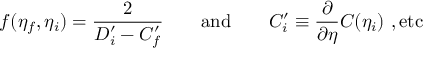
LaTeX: f ( \eta _ { f } , \eta _ { i } ) = { \frac { 2 } { D _ { i } ^ { \prime } - C _ { f } ^ { \prime } } } \qquad \mathrm { a n d } \qquad C _ { i } ^ { \prime } \equiv { \frac { \partial } { \partial \eta } } C ( \eta _ { i } ) ~ , \mathrm { e t c }